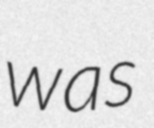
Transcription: was